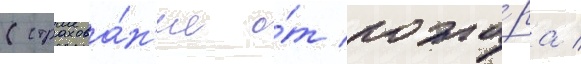
(страхова́н'ие о́т пожа́ра /